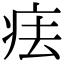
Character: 㾀